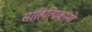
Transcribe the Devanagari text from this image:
साहित्यिकांनो